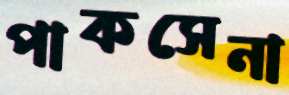
পাকসেনা